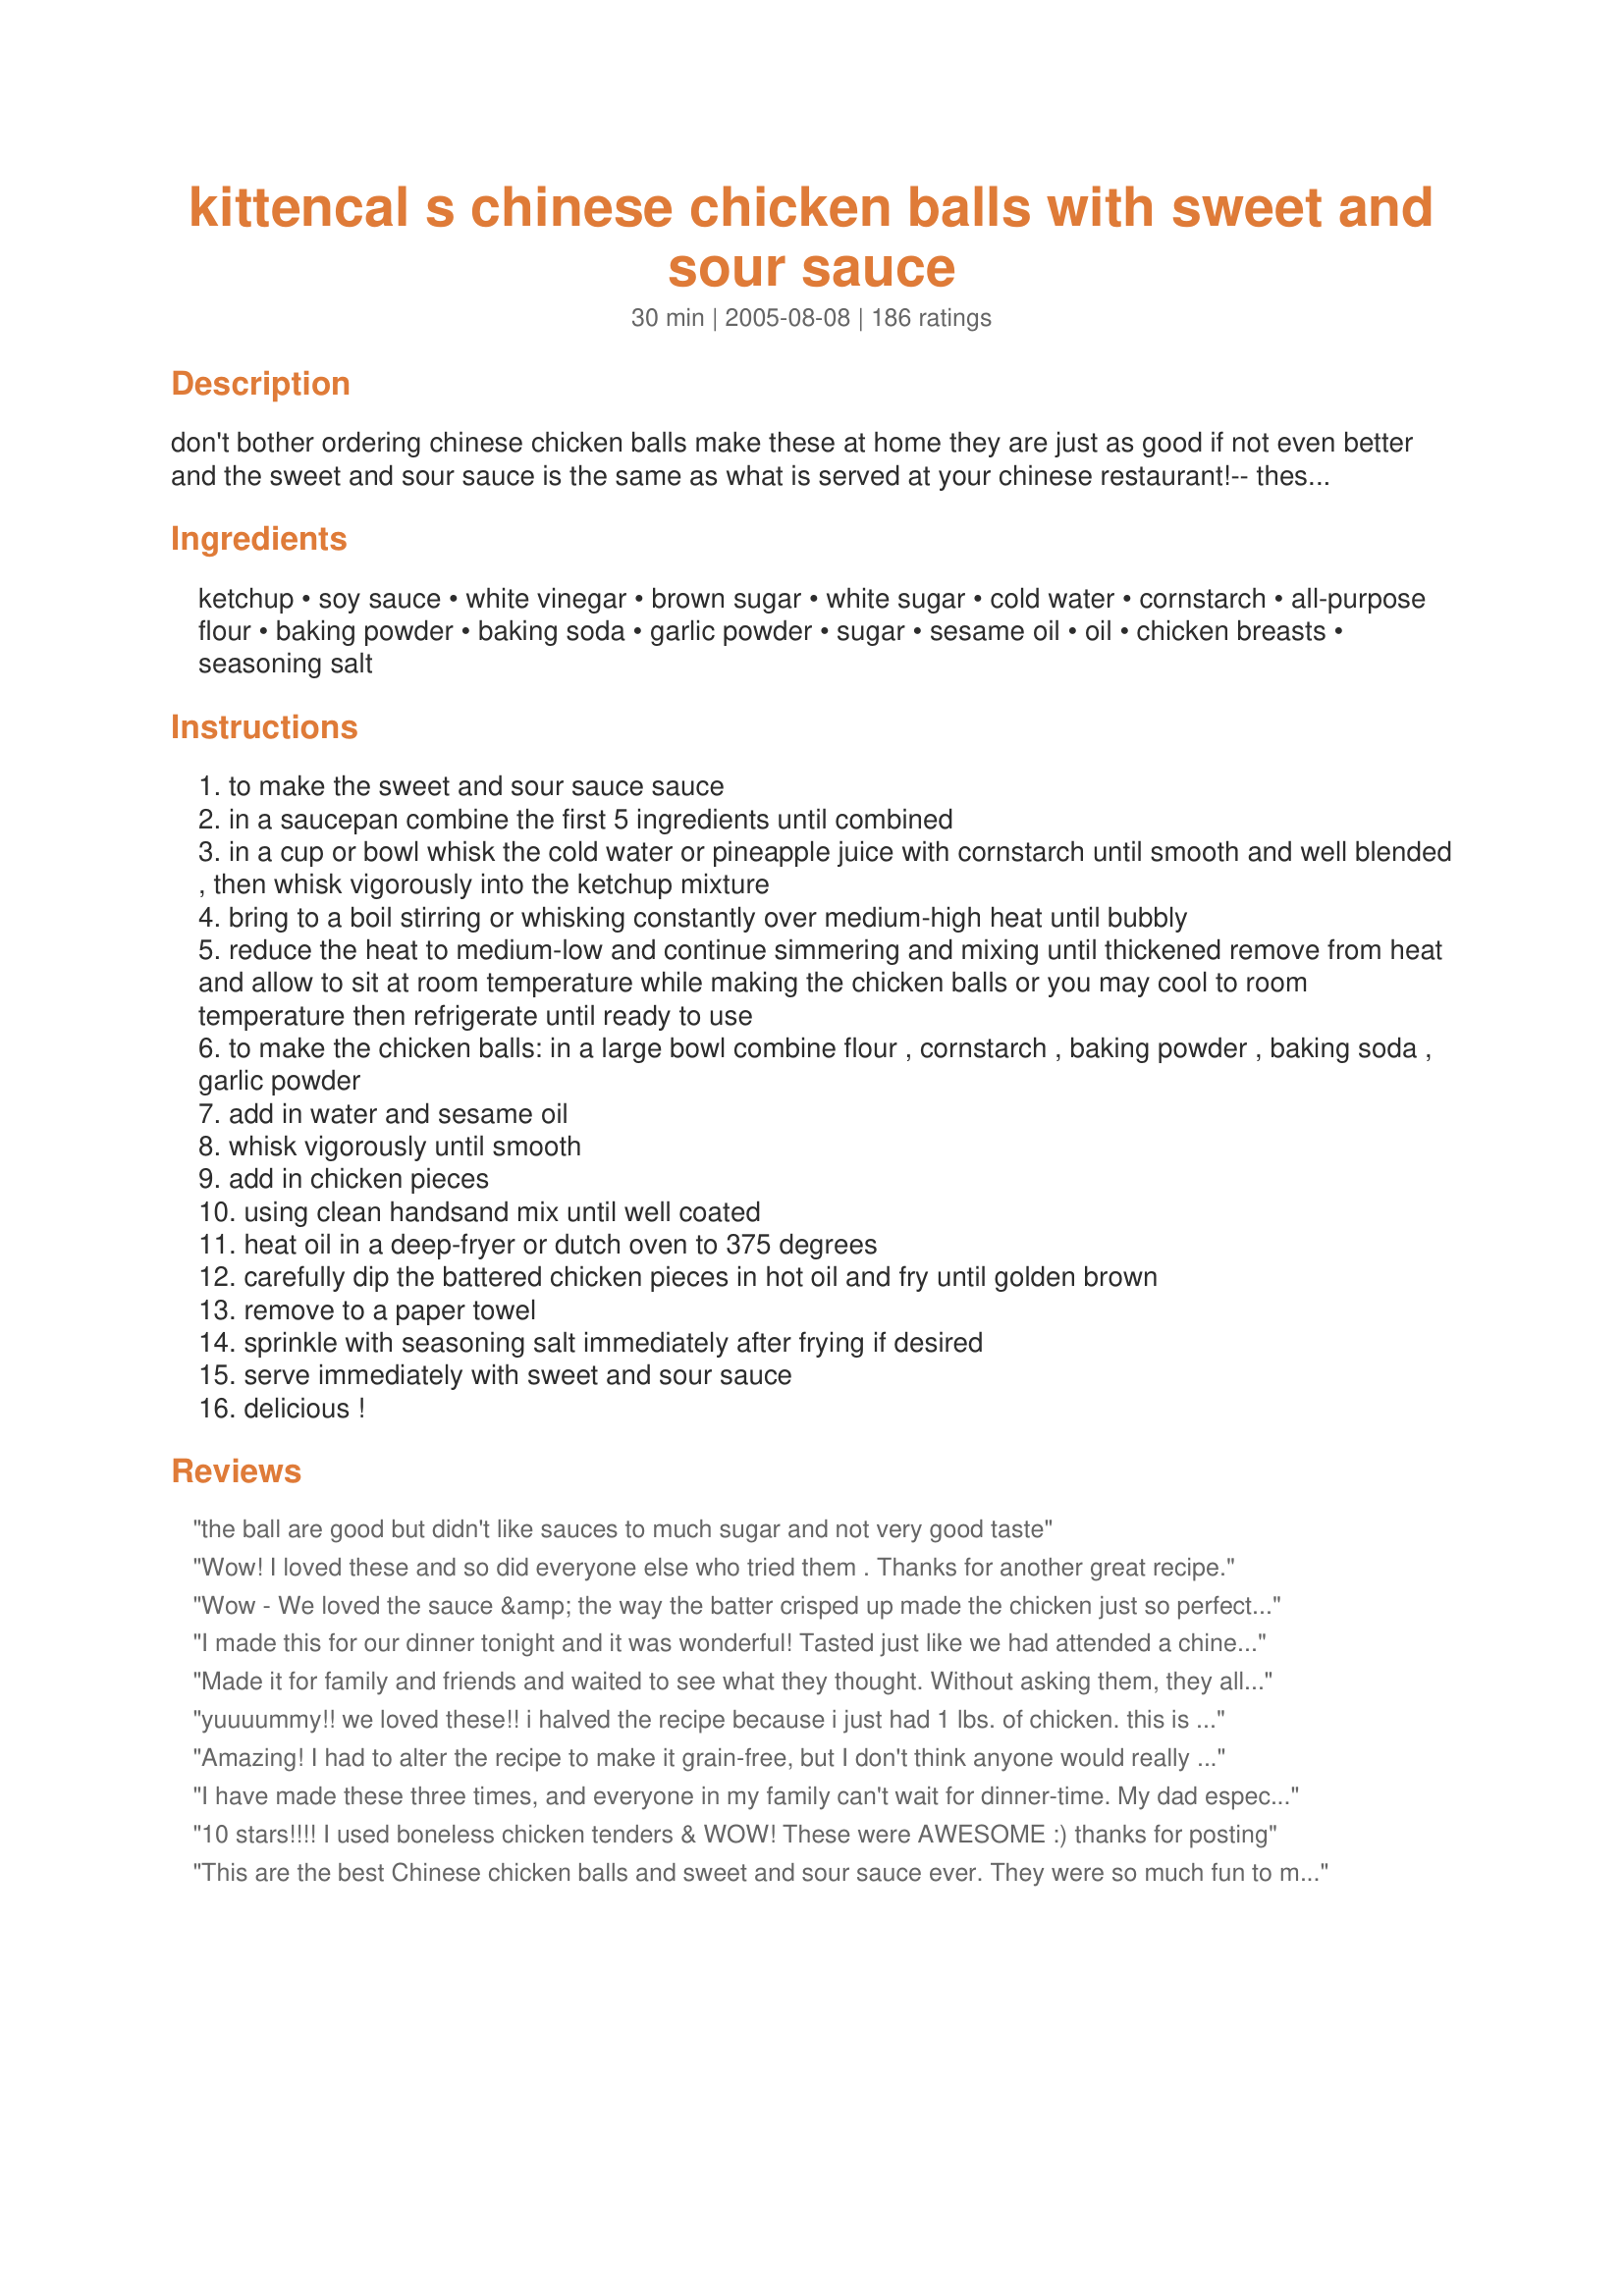
kittencal s chinese chicken balls with sweet and sour sauce
Preparation time: 30 minutes

don't bother ordering chinese chicken balls make these at home they are just as good if not even better and the sweet and sour sauce is the same as what is served at your chinese restaurant!-- these are a great weekend snack or can be served as appetizers, if you want some extra flavor to you chicken batter feel free to add in some garlic or onion powder or spices of choice --- this makes a large amount so you may want to reduce the chicken ball batter amount by half (using 4 chicken breasts) --- note: the sauce recipe is one you may have to make a few times before you get the consistancy and sweetness to your liking, 1 cup white sugar and 1/2 cup lightly packed brown will give you a sweet sauce you may reduce the white sugar amount by a few tablespoons

Ingredients:
ketchup, soy sauce, white vinegar, brown sugar, white sugar, cold water, cornstarch, all-purpose flour, baking powder, baking soda, garlic powder, sugar, sesame oil, oil, chicken breasts, seasoning salt

Steps:
to make the sweet and sour sauce sauce
in a saucepan combine the first 5 ingredients until combined
in a cup or bowl whisk the cold water or pineapple juice with cornstarch until smooth and well blended , then whisk vigorously into the ketchup mixture
bring to a boil stirring or whisking constantly over medium-high heat until bubbly
reduce the heat to medium-low and continue simmering and mixing until thickened remove from heat and allow to sit at room temperature while making the chicken balls or you may cool to room temperature then refrigerate until ready to use
to make the chicken balls: in a large bowl combine flour , cornstarch , baking powder , baking soda , garlic powder
add in water and sesame oil
whisk vigorously until smooth
add in chicken pieces
using clean handsand mix until well coated
heat oil in a deep-fryer or dutch oven to 375 degrees
carefully dip the battered chicken pieces in hot oil and fry until golden brown
remove to a paper towel
sprinkle with seasoning salt immediately after frying if desired
serve immediately with sweet and sour sauce
delicious !

Reviews:
the ball are good but didn't like sauces to much sugar and not very good taste
Wow! I loved these and so did everyone else who tried them . Thanks for another great recipe.
Wow - We loved the sauce &amp; the way the batter crisped up made the chicken just so perfectly delicious. I made 1/2 the batter recipe, but the full sauce recipe to have extra left over.
I made this for our dinner tonight and it was wonderful! Tasted just like we had attended a chinese buffet! I made some slight changes in measurement on the sauce I used 1/4 Cup vinegar, 1 cup sugar and 4 tbsp cornstarch (we like it thick) it came out PERFECT! Not too sweet, just the right thickness and not to tangy. And as far as the chicken...it was a super thick batter and it cooked up just like it does at the restaurant...I think next time I will try one of my many marinades to give it a lil taste twist. I will be making this many many more times thanks for posting!
Made it for family and friends and waited to see what they thought. Without asking them, they all agreed it was the best sweet and sour sauce - EVER! They didn't stop raving all night. A definite crowd pleaser! I'm glad the recipe makes ... A LOT!
yuuuummy!! we loved these!! i halved the recipe because i just had 1 lbs. of chicken. this is a real keeper. they fried up beautifully and are better than anything you can buy at a restaurant. i didn't make the sweet and sour sauce as we are not fans, but i served with Recipe#407771, Recipe#91231, and Recipe#62708 instead. i also served with egg rolls and fried rice. fantastic! thanks for another winner, kit!
Amazing! I had to alter the recipe to make it grain-free, but I don't think anyone would really be able to tell the difference. <br/><br/>In the sauce I used Ketchup w/out corn syrup, cider vinegar, and orange juice because I too like juice but can't have pineapple. Also used knox gelatin to thicken. YUM! <br/><br/>For the chicken dough, I used almond flour in place of the wheat flour, coconut flour in place of the starch, and added a tablespoon of ground flax meal to make it a tad bit healthier. Also used gluten-free baking powder. <br/><br/>Fried in vegetable oil (soybean) using an asparagus steamer that we got for our wedding. Worked amazingly!! <br/><br/>After going about 4 years without tasting the deliciousness that is American Chinese food, I can now say that I was almost in tears from this wonderful recipe. Thank you so much KittenCal!
I have made these three times, and everyone in my family can't wait for dinner-time. My dad especially loves them :) He eats them with cocktail sauce, because he doesn't like sweet and sour. The only thing is that I'm not very experienced with frying stuff, and so I have a hard time getting all the batches through. The hot oil likes to burn me :( But it's all worth it!!! AMAZING!!
10 stars!!!! I used boneless chicken tenders & WOW! These were AWESOME :) thanks for posting
This are the best Chinese chicken balls and sweet and sour sauce ever. They were so much fun to make (great for a Saturday night!) <br/><br/>While the chicken balls are quite time-consuming to make and they do create a lot of washing up, they are great for a special tea. However the real star of the show for me was the sweet and sour sauce. I have made this so many times and it is so quick and easy, I'll never buy sweet and sour sauce again. It is absolutely delicious over soft egg noodles as the noodles soak up the sauce and become even softer and slightly gooey. Heavenly!
Very good! I LOVE your recipies!!! I have requests from all my men to make this often! Thanks!!!
After seeing the mixed comments on the sauce I decided to forgo it and just used store-bought. The batter for the chicken balls seemed a little too liquidy and ended up dripping in the fried oil before I could actually put the balls themseleves in, so I ended up with a lot of little fried crunchy bits. The finished chicken ball was not as thick as I normally get them (I would also love to find out how they get theirs so round). However, the taste of the chicken balls themselves was outstanding and we ended up eating more than we should have!
I found the chicken balls to be bland without the sauce.
Another awesome recipe Kitten! I made this with my sister and brother in law and they thought it was fantastic, as did I. I had mine sauce on a vegan stir fry and skipped the chicken but they both raved about the batter. Thanks :)
whenever I would make sweet and sour chicken, I would often follow this recipe and I've made this more than twice already. It's just so good, that I err..told my mom (who cooks good and whom I'd ask recipes from) that yours was better when it comes to sweet and sour. It leans more on the sweet side which is to my taste but since I'm following my sugar intake, I would use substitute sugar which I often use last in the cooking. Sometimes I'd use 1c brown sugar and 2c sub sugar or 3c sub sugar. Both of them would still come out great with the brwn sugar being sweeter,of course. As for the chicken, It's crunchy and tasty that I find myself popping them in my mouth as soon as they're cool enough and while I'm still cooking the rest of them. Also, my picky DH would even eat the leftovers for the next meal and for me, that's something. Oh, we also eat this with rice, and DH who hardly eats rice, would also eat this with it. It's an excellent recipe! Thank you very much, Kittencal!
My mum made this recipe and I was transported back 40 years when I first had chinese cicken balls at our local restaurant. The sauce was easy and delightful - we used all pineapple juice and included some pineapple pieces, as well - we were all so full!
Any tips on the best way to reheat the leftover balls?
Jenny cat lover Australia
Wow! this is exactly like chinese takeout I was impressed with the recipe and will be making it many more times! the only thing I added was a few chunks of pineapple and green peppers to the sauce to dress it up a little but other than that perfecto! thanks
Following the recipe to the T i found the sauce to be a bit too sweet and thick so next time i shall try it the optional way....other than that it was great.
Might pre-cook the chicken just a little bit with a bit of seasoning to add a bit of flavour and crunch as well next time.
OMG!!!!!! I never have done a review on here and I just had to give this one my approval I absolutely loved this recipe and my family too I prepared it pretty late at night because we were out late at my son's football game and so I made it for the next day and had a full plate of chicken fried up and waiting to put in the Nuwave-wave and warm up the next day and when I got up the next morning half of the plate of chicken was gone because my 16 yr old son and 19 yr old daughter had gotten up in the middle of the night and gone downstairs and ate it cold out of the fridge because they said it was sooo good. And the next day my husband and I ate some along with your recipe for shrimp fried rice and then we could see why we almost didn't get any of it...lol this is now going to be our Friday night dinner.
Absolutely amazing!!! I followed the recipe exactly and we couldn't get enough of them. Even my 17 month old daughter liked this. I can't wait to make this again. Thanks for another great recipe Kittencal!
I wish I could give this more than 5 stars! I have made this several times already...I kept forgetting to review it! This is loved by my entire family! My picky 11 yr old daughter and picky 6 year old daughter love this. My husband who normally is not a sweet and sour sauce lover actually ate this with the sauce. I have made the sauce with water a couple of times..it was good, but the third time I made this I used pineapple juice...the sauce was much better! I would recommend using the juice and highly recommend adding this recipe to your cookbook! Thank you for sharing this one!
This recipe was fantastic, the batter and sauce can be made ahead. Takes no time at all. The sauce is the closest I think we've had to restaurant style, very impressive. Followed recipe exactly, did cold water instead of pineapple juice for the sauce just because we didn't have any on hand. The balls were just as good if not better then take-out! Made an account on this site just to give feedback!! Will never try any other chicken ball recipe!!!! Thank you so much :)
Amazing!!!!! I make this all the time. Better than take out!
I am writing this review for the chicken and batter portion of this recipe, as I didn&#039;t make a sauce. exactly like the batter used for sweet and sour at restaurants as promised.
I added the sesame oil and subbed sugar for Splenda. I do not know where my candy thermometer is, so I used a small drop of batter to test the oil. The chicken turned out very light, crisp and very moist. I had 2.5lb chicken and the boy used half of the batter. I plan on using some peeled deveined 25ct shrimp to use up the last of the batter.
A winner for sure!
Made the sauce for crab rangoon. Wow it is good and makes a ton! I have plenty in the fridge for the future and it tastes way better than the stuff you buy at the grocery store.
It was that good all my friends thought i got it from the chinese I had to make it in front of them
The 4 stars is for the sauce since I didn't have time to make the chicken balls. I felt that the sauce was going to be too sweet so I cut the white sugar down to 1/2 cup. Even then it was too sweet. Also, I used pineapple juice so that may have added to the sweetness. I will probably just use only brown sugar next time. Thanks for the recipe!
The best!!<br/>Usually drive 45 minutes both ways for sweet and sour chicken - won't be doing that any more- no reason to!<br/>These are just as good as the restaurant serves. Hubby cleaned them up - and he is very fussy, said over and over that they were the best he has ever had :)<br/><br/>Thanks so much for the recipe! It will be put to good use :)
This was just as good as the sweet and sour chicken i get at the local Chinese restaurant. Loved it.
First I must say this is the 1st review I've ever posted on this site and OMG!!! I will never have to buy sweet and sour chicken again. This is what I always order and I've been wondering how to make and chile you hit it on the head. Too good and my children loved it:)
Just like the chinese takeout restaurants, although around here, we call these chicken fingers. Next time, I will double the chicken but keep the batter the same because I had alot of batter left over (I have a big family). And also, the takeout restaurants like to skimp on the chicken, but now I can make my own. The breading was light and crispy.
This recipe was very good. I cut the batter recipe in half because I only had 1 cup of cornstarch and still had extra batter. Sauce was good also, next time I would add some chili flakes to it for a little sweet hot taste.
Phenomenal!!! I tripled this recipe for my bf and his family and it was a HIT! His grandma even took the recipe home with her. The chicken comes out so nice and crispy and the sauce is absolutely delicious. I get the feeling that I'll be making this quite often.
Absolutely delicious Kittencal!!! My family and I love your recipes. This is a winner,winner chicken dinner :) We had it for dinner tonight with chinese rice and everyone loved it!
Thanks again from Mississippi !!!!!
These are great! My husband even said he likes this better than what he'd get at a restaurant! I used a small can of pineapple for the juice, but had to add a little bit of water. We cut up the pineapple and tossed it on top of the chicken as we served it. Yum.
I am just looking at all of your recipes and have made this before. What a perfect recipe- I am printing and filing right now! Thanks!
This was really the best sweet and sour chicken I have ever had! The sauce was really good, and i really liked that it didnt turn into rubber after being in the fridge like take-out sauce does. The chicken was alot easier than I thought to put together, loved it! Thanks for posting!
This was just as good as take out if not better! We used boneless skinless chicken thighs because it&#039;s cheaper and we added pineapple chunks into the sauce. So good!
Oh yeah baby ...... these are good! And, oh so easy! Aside from scaling in half, I followed the directions. Since I was missing too many ingredients, I used Suzy Wonton's Sweet & Sour Sauce (#76003) on top. Another winner Carol - thank you!
OMG, this will be the ONLY Sweet and Sour Chicken recipe I will ever use in my KITCHEN AGAIN! Not to mention the BEST SWEET n SOUR Sauce too. I have searched and tried many recipes and they have never came close to PERFECTING it like your Recipe. The chicken batter is so SCRUMPTOUS fluffy and Crispy. Your sweet and sour sauce was sssssoooo DELICIOUS. So worth the ingredients. However, I coarsely chopped the onions and bell pepper, instead of finely chopping. My side dish was fried rice of my own style, fried some white rice with a drizzle of seasame oil, butter, green onions and soy sauce. Oh, this RECIPE will be a KEEPER in my KITCHEN. I thank you for sharing this recipe...A+++
I&#039;ve used this recipe so many times now. I love it. And so does everyone else who gets to try them. Very good.
I added beer to the batter instead of water. Was amazing!!
The batter on these was FABULOUS. It was SO THICK and puffed up really nicely!
I used the batter on pork strips and didn't make the sauce recipe, but I hope to next time. Short on ingredients!
I have used many recipes for chicken balls and I'm NEVER happy with the batter. Kittencal, you're my hero! :D These were so perfect, even though I didn't use chicken. Thank you!
Love it! Makes a ton, though, so I only do 1/2 batches. Also makes good onion rings and english chips!
My daughter had been asking for home made sweet and sour chicken for ages so after searching for a new recipe to try I gave this one a go. It was simple to make, the only thing I did differently was use a different vinegar as I only had malt in the cupboard, and at the end I added some pineapple chunks to the sauce. All the children loved it and one even joked about getting menus printed as it was better than the takeaway. Thanks for a family friendly recipe which will be a regulas in my house.
I'm giving you 5 stars because the chicken is really very good. The sauce is pretty good, but not really worth the extra effort. LOVE the chicken tho. Thanx!!
Best ever. It beats anything in a restaurant. I live in Florida but come from New England. This is just like Boston chinese food.
Well Kitten.. you've done it again! Another fabulous recipe! No more take out for me! Thx for the recipe! :)
I had take out Chinese food a few weeks ago and ordered sweet and sour chicken balls. They were quite good, but I got a craving for more and thought, I bet I can make these at home. I have tried your recipe twice and with my own minor tweaks and they were delicious. Moist chicken in the middle of a very tasty golden puffy crust. Thank you, good recipe.
WOW!! Who knew that i could make this and taste exactly like it tastes from the chinese store. Very easy to put together- since it's only 2 of us i halved the recipe- but ended up having to put a lil xtra flour and cornstarch in teh batter to make it thicker. The chicken came out nicely browned, fluffy and oh so yummy!! Thanks for a great recipe (I didn't use the sauce, but found another one on this site)- the taste was on point, and this is a keeper!!
Wow - these are delicious. The batter was perfect (my husbands words by the way!!!) Really easy too. Thank you!!!!!
My family loved this! Thank you so much for posting!
Love the chicken balls. Will be making them again. Not my favorite sweet and sour sauce though.
I have made this twice &amp; loved it but I do like it better without the Sesame oil. I halved it the second time I made it because it is a huge batch.
i used the sweet and our sauce recipe and it was AMAZING!!! The whole family loved it!
This was wonderful! My husband is obsessed with eating from a local chinese restaurant and even liked this better than getting takeout and that is high praise from him! The chicken stuck to the basket while I was deep frying it so I followed another reviewers suggestion and dipped it in flour before putting it in the deep fryer and that worked pretty well!
Brilliant!! the sauce is lovely, and the chicken balls were gobbled up before you could say "spare me some"!
I served this tonight and my very picky daughters and hubby loved it! Ok, well so did I. It's a little messy, but it's not bad. Suggest using chicken tenders, (pre-cut, but raw) as it cuts down on prep time and costs a little more, usually. Then cut up the tenders...half the prep time with the cutting. The sauce is the best we've ever had and will always use it with oriental meals from now on. I made the entire batch..3 young girls, myself and hubby...ate the entire batch for dinner!
These were great! I don't have a deep fryer so I just used my skillet. Some of the batter came off but that was probably the skillets fault. Served with Fireman's Frenzy Sweet and Sour Sauce.
I have to be honest and say I was very excited for this recipe (chicken ball portion, did not make sauce), only to be very disappointed. These had no flavor, and no fluff to the inside at all. It isnâ€™t very good, or very close to the east coast chicken finger consistency.

EDIT: I did find a package of batter at Stop & Shop - Krisppe All Purpose New England Batter. Makes Chinese Chicken fingers and it tastes great, but no fluff inside.
I added a little more water to the batter for a lighter coating and also added pinapple chunks to the sweet and sour sauce. My family loved it! My husband says it rivals the one our favourite restaurant serves. He asked me to add some chunks of sauteed red and green peppers and white onions to the chicken prior to pouring on the sauce. This is definitely a new family favourite.
You've done it again! These are amazing! We loved the sauce so much that it's become a staple at most meals at our house. The batter was perfect on the chicken and it could not have been easier to make. Thank you again for the amazing recipe. It will be a family favorite for a long time!
WOW!! I have to admit, I haven't even made the sweet and sour sauce yet (was missing one ingredient!!) but the chicken balls were SOOOO great, we ate them all up with another sweet & sour dipping sauce. LOVED the batter!!! After 3.5 lbs of chicken was done, there was still batter left so I cut up a large onion and battered and fried that up too. It was DELICIOUS! Writing the recipe in my personal recipe book for future reference, no doubt I will use it weekly. Thanks!
I made the batter tonight to make chicken balls and shrimp for my daughter's birthday next weekend. I am going to pop them in the freezer till then and then back into the fryer for a couple seconds to crisp them up. Of course we had to sample a few and man are they good. Nice and crispy and tastes just like the local chinese restaurant. Thanks for making my first attempt at chinese chicken balls and shrimp a breeze. I never changed a thing with the batter and it was perfect. I made the sauce and didnt like it at all, in fact I didnt serve it. I followed the direction to a T and found the pineapple gave it a funny taste. Everyone loved the chicken and shrimp I made with the batter. I will make these again without the sauce.
This was good! Pretty close to the Chinese restaurant style sweet and sour chicken. I thought the sauce needed a bit more sugar (I didn't add the full 1 cup of white sugar) Next time I make it I will add more. Other than that we liked it, it goes well with Chinese stir-fry on the side. Thanks for posting this.
Not bad, but was lacking a certain crunch. It inspired me, though, and I amended the recipe with the addition of corn flour to the mix and came up with amazing results. Thanks for putting me on the track, Kit!
This was wonderful. We loved the sauce. I will use it on sweet and sour meatballs for now on. I thought it was going to be to much sugar but used the 3 cups anyway and it was perfect. The only thing I did change was the amount of onion and green pepper. I halved those and I am glad I did. It ended up being perfect.
I did not do the sauce. I batter fried up crunchy on the chicken and on the shrimp I made and to my surprise did not go soggy in the 2 hours it waited to be served. Be warned this is Messy! But well worth it.
Kittencal, Another winner!
I can only speak for the sauce, but this was delicious thanks! After grilling some chicken breasts cut into 1" cubes, I added half a yellow onion, a couple green onions, half a red bell pepper (just using up some veggies I had), a dash of ginger, and a few shakes of garlic mix. After letting cook a bit, I poured the sauce over, brought to a boil, and simmered, stirring constantly. Served over rice, the end result was a sweet and sour chicken dish comparable to any American-Chinese restaurant! Delicious! Thanks!
The sweet and sour sauce was wonderful, we did add chunks of green bell pepper and slivered onions, as we like them in the sauce. The batter is what I have been looking for for deep frying, tried a lot of others, but it was never right.THIS IS PERFECT. Absoulty love this recipe, Thanks very much
BRAVO! This was fabulous! Whole family was impressed. I wasn't sure of the sauce when I tasted it by itself at first, but then when it sat and cooled and then was mixed with the meat, it was delicious. The batter was the best I've ever tried for frying. I had some left over so followed another reviewer's steps and threw in some sliced onion and made the best onion rings ever. I followed the recipe exactly, except used pork instead of chicken. This will be a definite regular meal for us, thank you Kittencal!
Thanks for sharing this recipe, it's a keeper!
Loved this!! Was just like eating at a Chinese Restaurant and DH raved over the Sweet and Sour Sauce.
I think I can cut and paste this review from any of kitten's other recipes. "This is the best ____ I've ever had!" Seriously though, the chicken and the sauce were both awesome, restaurant quality. Took some time but very worth it. Thanks for yet another keeper kitten!
My dh and my father who are very picky eaters loved the chicken balls. I didn't make the sweet and sour sauce as no one in the family will eat it. But, the chicken balls were fantastic! This is a keeper! My dad told my mom to get the recipe from me so that she could cook these for him at home!
Wow, this was awesome. Coating was light and crispy, just like at the restaurant, and the sauce was delicious. I just used strips of chicken since I used about 1 in of oil in a dutch oven, figuring it would be easier to flip over. Cooked til they were a dark golden brown. Next time will make some white rice to put over. Used 1 lb chicken, half the sauce and 1/4 the coating, which worked out well. Fed my family of 5 for dinner with some sides.
This is an incredibly delicious recipe. Not having made this kind of thing before, though, I feel I could have used more detail in the prep. I chopped the chicken in small pieces (approx 1/2"); what I felt would be small enough to cook through, but large enough to not take all night cooking. I used 4 very large chicken breasts, and with half the batter this recipe made way more than enough for our family of 5 (not counting baby, who wasn't very hungry). I had batter left over, and not wanting to waste, I quick sliced an onion and made the most delicious onion rings I've ever had (a light sprinkling of salt after cooking was essential). I would guess 5 large or 6-7 regular chicken breasts would use up half the batter of this recipe. I should have also cut the sauce in half, but at first it didn't sound like it made much, but again, I had more than half over, but that should keep ok in the fridge for a little while. As for oil, I used about 3" in my dutch oven, and I feel I could have done it with only 2"...Also, I'm not sure that I was doing it the best way by dunking the pieces one at a time. I used my left hand for dunking into the batter and placing into the oil; the other hand held the strainer as I pulled them out. Well, everyone loved this, even though it took me 1 1/2 hrs to make the thing from start to finish. Hope to streamline that in the future.
DH rates 5 out of 5! He has been craving sweet & sour chicken for weeks and I found your recipe here and decided to give it a try. Making it together was a treat! We halved the recipe and still had twice as much sauce as we needed for 4 breasts. Yum, will definitely do again! Infinitely better than the restaurant version!
OMG...Kittencal...I made this recipe tonight exactly as you have written...The chicken balls are WAY better than any I have ever had..The batter is light and crispy...and the sauce is delicious!!!! The sesame oil really makes the batter...I used the juice out of a can of pineapple chunks and it was just enough with pineapple to snack on while I was cooking..LOL Thanks for the recipe!! Will so make this again....
This batter is incredible! When I made this for my family - they said it tastes, &#039;Just like take-out! So good!!&#039; Thank you so very much for sharing - I will make this often! :)
I love these and make them often...no more takeout. Thanks for your recipes...they are always top quality and become family favorites!
What can I say... If it's a 'Kittencal', it's a great recipe! We've tried quite a few, and now if we're looking for something specific -- we go straight to Kittencal. We haven't tried the batter (used ready mix pancake batter. Sorry Kittencal, next time!) but the sauce was PERFECTION! <br/>Thanks for yet another great one!
This was really great! The sauce was amazing and the chicken was perfect...my kids absolutely loved the dipping! The only reason I am giving it 4 stars is because it was alot more time consuming than I thought it would be...after some practice I am sure things will go a lot smoother.
Ok, these were absolutely fabulous tasting. I did have to half the recipe, because there's just the 3 of us. Didn't have a problem at all. The only other thing I had to do, was leave out the green peppers in the sauce, as my daughter doesn't like them.
My family loved the entire package. The batter was perfect for the chicken. Not too heavy. We liked the sauce, but I would have preferred something a little less 'lumpy'. The diced tomatoes, onions and gr peppers were a little too 'lump'?. Otherwise and excellent recipe. The sauce flavor was great.
No need for chineese take-out, turned out great, Thanks
I made this recipe with spiced ground chicken meatballs which I browned, dipped in the tempura batter and fried to golden. Both ways the recipe is great. (I used less sugar and more vinegar to make it less sweet.)
Just by reading the recipe, I knew that the sauce will be very sweet but I still gave it the benefit of the doubt and followed it. I should have trusted my gut, I am sorry but this is certainly not Chinese or Asian at all. If you are looking for a Westernized version of Chinese sweet &amp; sour sauce, then perhaps you may like it, but if you are Chinese or Asian, this is certainly not for you. I grew up eating Chinese food, not here in the US, but in a real authentic Chinese community from my Asian birth country. This is why I know. I still gave two stars for the batter, though, which was good.
Very good.We dont like to fry so I made the sauce and poured over chicken pieces and baked at 425 for 40 minutes
Kitten this was an amazing recipe. 100x better than any chinese takeout. The sauce was amazing. The batter puffed up just perfectly. Thank you so much!
This was fabulous! Time consuming but worth it. As written this does make allot but I wouldn't scale it down because then I would miss out on all those awesome leftovers. Many thanks for another great recipe.
This review is really just for the chicken balls, because we used bottled sauce. The batter was great. It made a really nice crispy coating on the chicken. We dipped them in a number of different sauces and plan on trying this recipe again.
dear god! this was devine!
Fast food brought to perfection!

I gotta tell ya, this is the best recipe ever. At first i thought the original recipe had used ground chicken meat, due to its consistency that sort of melts in your mouth - Well, forget it,
Kittencals sacred manuver actually makes solid chicken breast chunks to act as ground chicken, and it really melts in your mouth. best chicken consistency i ever had.

thanks chicken.

btw, I let the chicken batter sit for a bit, then let it sit again with the chicken parts. it really seem like they inhale that batter, causing them to melt in yo mouth.

 :_)
I'm crying from satisfaction here.
You've done it again! This is the best batter I've had either in a store or at home! Of course I halved the recipe because it's just me and my husband; but we'll definitely be adding this one to our recipe collection!! This is why I keep coming back to Kittencal's recipes! Super yummy!
I did not make the sauce, so I can only rate the chicken balls. And those were delicious!! Best batter and chicken I have ever made, tasted just like the chinese restaurant! I made the "Lucky Sweet and Sour Sauce" with sliced onion and pineapple to go with it, and my favorite "Fried Rice" by Robbie Rice. It was an at home Chinese restaurant meal and knowing what it's in it makes it all the better. Thanks for another great recipe Kittencal!
YUM!!! And so easy. I will be making this forever :)
Our family loves this and makes it often! Thanks kittencal.
OOmgosh! This was delicious!! I used lemon pepper flavored chicken and that added sooo much flavor! I had a lot of extra batter so I cut up an onion and made onion rings; MMM! The sauce didnt thicken up like i woulda liked but it was still sooo good!
I had run out of breadcrumbs to make my ginger beef dish and my first thought was, "Hey!!!, use Kittencalskitchen Chicken Ball recipe for a batter!!!!"<br/><br/>Voia!!! Perfect!! It actually gave it a lighter taste as opposed to a heavy in your tummy feeling.<br/><br/>Thank you<br/>:-D
This chicken was really good! I didn't have time to make the sauce but the batter made the chicken so delicious - light and crispy. After dipping in the batter, I dredged the chicken in dry flour plus some salt. It turned out perfect, and I am not an experienced cook.
I'm sorry to say but I didnt think this recipe was easy at all...very messy. Tasted ok, just took a lot to get there!
This is a great recipe--well, great two recipes! I've used the batter for onion rings and shrimp and the sauce is amazing (used pineapple juice). I made the full recipe and cut the white sugar to 1/2 c and it was perfect to my tastes--if the amount of sugar is an issue start with less and keep track of your own preference as you adjust/add more to suit your tastes. <br/><br/>I know the takeout sauce is clearer but the flavor is right so I usually double it up and freeze some for when I make egg rolls and fried rice. Going to use the batter for Sweet and Sour Pork also. My friends mom used to make it and with her dish in mind I will add sliced blanched carrots, chopped green bell pepper, chopped sweet onion and pineapple tidbits to the sauce and it will be like her dish:) <br/><br/>I season the chicken before battering it w/ Paula Deen's House Seasoning (salt, pepper and garlic powder).
Oh my goodness Kitten, these were fabulous!!!! We got the great take-out Chinese flavor with just a little effort and for a lot less money! I LOVE the batter...it was perfect!! I used recipe #76003-The Best Sweet and Sour Sauce to serve with these and it was a fantastic meal! Thanks so much for the super yummy recipe Kitten! :)
I had to add more water than the recipe called for to make the batter manageable, and it took almost twice as long to make as the recipe says, but that could be because it was my first time. This was absolutely delicious and worth the extra work.<br/><br/>I Cooked three pounds of chicken breasts and there was still batter left, so I mused aloud that I should have halved it. "NOOOO!" yell the kids, as I chase them out of the kitchen with my chopsticks...<br/><br/>P.S., A can of pineapple had just about the right amount of juice for the sauce; the pineapple went into the sauce with a sliced green pepper.
I found the sauce to be rather awful..I was doing a quick batch of bought chicken balls that did not include sauce so I ran to the computer and fell upon this recipe and was happy I had all ingredients in house..found it gritty and way to sweet
ok, this sauce was AWESOME!!! i ran out of store-bought s&s sauce for my meatballs so i used this recipe and made my own for the first time and Kittencal hasn't let me down yet! the only change i made was halving it. it was delicious!
Kitten...this was very, very good!!
I halved the batter because I had less chicken, made all of the sauce and freezed what was left from it (I'm sure it will be fine) The only change I made was to the sauce, I used fresh ginger and used 1/2 cup less sugar, adjusted it with about 1 tablespoon at the end of the cooking. When I make this again I will also add some chopped chillies to the sauce because we like the hot kick. This time it was perfect because it was made for guests who would not like hot/spicy. Added this recipe to my favorite Zaar recipes ...it will be made again!
Thank you!!
EXCELLENT recipe. i am a very picky eater, but i must say these chicken balls taste even better than restaurant ones!! one small suggestion though: substitute white vinegar for balsamic vinegar =)

*** I liked this recipe soo much i actually got an account here just to congratulate the chef 3 thumbs up!!
This was a very tasty recipe, my kids loved it. But what child doesn't like chicken nuggets?
Like others I make the 1/2 batch (for two it lasts us a couple days). I like to add red pepper to the sauce. It adds a bit of zest with that sweetness. Make sure you season the chicken balls! I think thats a must. This is so much cheaper and much better then Chinese take out! <br/>Thanks for sharing!
I don't know how I could have forgotten to review this. A couple weeks ago I set up a romantic candle lit dinner for my BF and I and did a spread of appetizers. This, by far, was the star. The sauce was PERFECT and the batter was so thick. I love the addition of seasoning salt at the end. SO GOOD! Anyways, I just whipped up another batch of the batter to try on shrimp. Can't wait for dinner.
This was awsome to say the least. This is one of my fvaorite to order out. These were just as good if not better. Thank you
Great meal. DH said it was nice and light and not heavy. I loved the sauce especially. I made half a recipe and would quarter the batter as I had to throw lots away. I did one chicken breast and two pork loin slices. Great! Served with Recipe #178184.
Made exactly as written - excellent!!
Very yummy. My son had three plates of the chicken. Served it with fried rice and peas.
These were fantastic! I hate ketchup, so I was scared of the sauce lol, but it turned out terrific. No ketchup-y taste at all. And the batter was perfect! Very light and fluffy. Can't say enough good stuff about this meal. Thanx for the good eats =).
The chicken ball batter is absolutely marvelous! And looks very nice with its golden shade and texture.
Only thing is the sauce which tastes a bit powdery, but a little more water helps (though not solves it). Thats the reason for the 4 stars, but all-in-all a delicious dish with rice.
I kindof messed these up and they were still wonderful! I used shredded chicken left over from making broth. I was making half a recipe but accidentally added the whole amount of water into the batter. I was out of flour, so I used corn meal to thicken and they still turned out great! I have never eaten chicken balls before, but my son always gets them, and he loved these. I can't wait to try them without my changes!
I made these and found the chicken balls to be quite tasty, but I don't really like to fry (for health reasons and for the mess it makes). I also thought the sauce was quite good, but there was just too much sugar in it (I was afraid to cut down on the amount and then not have it come out right. I wish there was a healthier artificial sweetener that I could have subbed, such as xylitol or stevia, but I wouldn't know what amounts to use). My DH liked the sauce and the chicken balls, but he is not concerned with what's in it or how it's made. I think that overall, for someone who is not watching their calorie intake or concerned about fried food, this would be a great dish, but it isn't really what I would want to make again. Thanks for the recipe. It was an interesting cooking adventure!
Aewsome recipe!
Excellent! Made it exactly as instructed and it was great. My family loved it. Definately a keeper.
This was delicious!! The chicken was just like we get at our favorite Chinese Restaurant. The Sauce was a little sweet for my taste, but otherwise it was an amazing dinner! Thanks so much Kittencal!!!
I just made these and OMG OMG! I haven't even finished eating yet, and I HAD to come on here and say thank you for an amazing recipe! It is soooooo good! My friend tried some out too and she says it tastes better than the restaurants, lol! I actually used chicken thighs and legs - just cut the chicken off the bones because I never had breasts. The sauce is PERFECT! I can't wait to make these for my next family gathering because they think i can't cook to save my life. Who knew I'd be able to make chinese food! Thanks again, KittenCal. Can't wait to try more of your recipes!
Wow!! The sauce alone is soo delicious. DH said put this recipe into heavy rotation. Recipe great as is I only changed the diced tomatoes to diced fresh ones that had been salted and left for a couple minutes because I didn't have canned ones at the time. the chicken was juicy and turned out exactly like carryout. DH also said no more nuggets without this batter .Thanks Kittencal for another great one!
Another great recipe Kit. I make this one lots and never get tired of it. Like some of the others have said it is great with shrimp and fish and I have to try it on onion rings as well.
Kittencal's recipes always seem to be 5 star recipes. I used fresh ginger and did coat the chicken with panko after dipping in the batter. My BF loved these chicken balls. I added this recipe to my cookbook!
This is a great recipe. I made it for Father&#039;s Day at my boyfriend&#039;s request. He wanted me to grind the chicken. I wanted to make it as written. I compromised and ground half the chicken the way he wanted it and left the other half diced. It was so good!!! This recipe makes a ton. The next day we actually ate the balls cold without sauce right out of the fridge as a snack. They were just that good lol. Thanks for sharing this awesome recipe!
Loved this. I only used 1 large chicken breast cut into pieces and it made enough for 2 people 2 days. Served with white rice as well. It was delicious. Thank you for posting!
Yum!<br/>I did a few things different: used tapioca starch as my boyfriend is allergic to corn (which of course gave the fabulous texture of mucus, but what can you do? I haven't found out yet!) and left out soy sauce because we didn't have any.<br/>Really good, though! Mostly impressed with the chicken. Perfect breading. The little bits of fried breading tasted like rice cakes! Thank you for sharing!
the chicken batter is wonderful.5 stars isn;t enought.10 would be more like it.
The chicken was really good.everyone loved them in my family it is a bit messy to make but worth.Made five dozens and next time i will add some spices to the batter.Thanks for another great recipe Kittencal!!!
Wow, these were so popular on my Super bowl buffet table. My family and guests loved these. They were easy to prepare and the batter was perfect. DD made the sweet and sour sauce and it was so easy for her and tasted great with the chicken. I plan on making these for so many things, including to dinner one night. We loved them, thank you so much Kittencal for they hit in my house.
Great recipe! The batter is nice & light and the sauce is awesome. I used 1 1/2 cups of Splenda instead of 3 cups of sugar. Will be making this again!
very good sweet and sour. i added some hot peppers to the sauce. it was the best sauce that i have tried. the batter was great. the next time i will cut the chicken into smaller pieses.
I've been looking for a chicken balls recipe for a very long time and this was my first attempt at making them...they came out amazing! Some of us like our meals with some spice so I divided the s/s sauce in half and kept one half as per the recipe and in the other I added chopped green chillies and let it simmer so the flavours would come out. The combination of sweet and spicy tasted great with the chicken and on top of fried rice!

Thanks for a great recipe!
Kittencal this was excellent!!!
This was a wonderful meal!My three picky boys loved the chicken.The chicken was even good the next day for lunch!This is one of my favs now!!YUM
These were great. I used GF flour and they turned out perfectly. We loved the sauce. Nice to have a recipe for sweet and sour sauce that does not include Ketchup. Thanks
This one is just for the chicken balls also. Great batter! perfect!... but I used less cornstarch (only 1/2 C instead of one cup). Use vegetable oil for deep frying!! (I used canola, bad aftertaste). For the sauce... I would highly recommend True Lemon Chicken #51884 for the sauce. Tastes just like takeout but without the MSG! I will make this one again!
OMG! These were so moist and yummy chicken balls ever... I made these the other night, and let me tell you! You will never go anywhere else for your chicken balls. I pre-cooked the chicken just for a couple minutes, then cooled before using the batter. They were sooooooo goooooood! Thanks a bunch for all your great recipes, KittenCal!<br/><br/>LOVE ALL YOUR AMAZING RECIPES!
This recipe was great! I only used the chicken portion of the recipe, not the sauce.
Wondefull recipe! The chicken balls were golden, and crispy...better than the ones from the chinese takeaway, and half the price! The recipe makes loads too which is fantastic!
This is awesome and exactly the recipe I have been trying to find for years!! Everyone in my family loves it and it is so much cheaper than going out for $15 a person!! Thank you so much for sharing!!
These were great! My husband always complains about sweet and sour chicken and this kept his mouth too full to talk. This recipe makes a lot. It was nice to have left-overs, though. The sauce was great, too. I prefer it to store-bought sweet and sour sauce. Thanks for sharing!
Delicious as always! I've yet to meet a Kittencal recipe that hasn't been the BEST! Followed it exactly and everything turned out perfectly. I especially loved the batter. So airy and crispy. Thanks again!!!
This was so amazing! I am an American living over seas and was craving some Chinese food. This was better then the real thing. Thank you!
Tried this recipe tonight and my family was very pleased with the flavor and texture of the chicken. Even my 3yo son ate the chicken balls right up (although with ketchup)! Made this with a simple fried rice recipe listed on Zaar and bottled LaChoy S&S Sauce. Very tasty, makes a huge amount, I'm freezing leftovers and hopefully they will reheat nicely in the oven. Thanks Kittencal!
I got half way through this recipe before realizing it used a wet batter. The picture makes it look like a crunchy batter but it comes out more like funnel cake. Fortunately after dunking them in the wet batter you could dredge them in Japanese bread crumbs and come out with some PERFECT restaurant quality tempura. If I made the sauce again I would cut out the green pepper as the flavor was loud and distracting but my family thought this dish was far too greasy.
My husband is a big fan of chinese sweet and sour chicken. Now we never buy it at a chinese restaurant. This recipe is so good, that we have it at least 3 or four times a month! He loves it and I would recommend it over any recipe on here
Holy buckets did my DH love this chicken! I cooked mine in peanut oil. I can't say much about the sauce because I lowered the servings to two and the recipe may have flawed because of that. Great inspiration and I can't wait to make it again.
This was excellent! Taste just like from a chinese restraunt, I used pork instead of chicken this time and it turned out wonderful! No need for me to buy take out anymore unless because I just don't want to cook.
This is amazing! We will NEVER go to a Chinese restaurant again! Why pay for something I can make better?
In hubby's words absolutely a 5. Tastes just like our favorite Chinese take-out place makes, though their batter is thicker (perhaps they double dip them). I halved the recipe as it was just for hubby, myself and two toddlers. Easy to prepare and make, though the batter was a little messy from bowl to fryer (but very worth the mess). Kid-approved: My three year old ate more of these than me! Recipe seems to halve well...Recently used the batter to do breaded mushrooms and onion rings. Superb!
Delicious! My family loved this sweet and sour chicken. I cut the recipe in 1/2. The chicken was super crispy!!!
This was just as good as an Asian restaurant--a big hit with the family! It is a tad time-consuming but the process was fun & the end result was quite satisfying. To decrease prep time, I mixed up the dry batter ingredients in a bag, chopped up the chicken, and made (& refrigerated) the sauce the night before. This does make a lot! I used 4 whole chicken breasts cut in bite-sized pieces, about 20 large (precooked/thawed, frozen) shrimp, & about 10 lg onion rings. I bet the batter would be good for fish fillets & hush puppies too! Served it with white rice & "Kellys creamy cheddar pea salad" #125195. Since there are only 3 of us here, I froze portion-sizes in ziplock bags. They re-crisped up very well in a 360F oven after about 15 mins. Thanks for another fab recipe Kittencal!
Kitten, I have to say that this is one of the best sweet and sour recipes I have ever tried! (I know it isn't actually a sweet and sour chicken recipe but you sure could make it that way, over rice) I have not had much success in the past finding a good sweet and sour chicken recipe since it is my husbands absolute favorite Chinese dish. But I have to say that yours was right on the money!! Loved it, is all I can say. And oh so easy. I made no changes to the recipe (which is very unusual for me), it was perfect as written. This will be kept as a favorite and I can tell it will be used quite frequently! Thanks so much Kitten for the fabulous recipe. Hugs, Susie
We loved this recipe and DH is not even a fan of Chinese food. This is the best Sweet and Sour Sauce --and it is just like what you get at a restaurant. I'll never even look for another recipe. The chicken was also as good or better than what you get at a Chinese restaurant. Thanks Kittencal for a great recipe!
Fantastic,
I followed the recipe and they came out perfect. I had been trying forever for that perfect sweet and sour sauce and this is it.
yum!! the best sweet'n'sour recipe yet! THANKS!
Superb! Better than the take away, only made a half batch enough for 4. Thanks for a great recipe.
I just made the sauce to go with egg rolls and it was good. Better than from the jar.
I really loved the chicken. They were tender and juicy and turned out perfect. I personally really liked the sauce. The brown sugar made it really yummy, but my husband found it too sweet. He also thought it needed a little bit more spice. I, however, loved it and would make it for myself again!
Excellent!! Made this recipe exactly as written for my daughter and her friends and they said it was delicious. I am a big fan of Kittencal recipes. Thanks.
My kids are the pickiest eaters on the face of this earth whenever i ordered Chinese sweet & sour chicken i would have to order 4 large boxes while they don't like the sauce i do my kids use ketchup as if it were just a fancy chicken nugget but it would normally cost me about $70 to feed my 7 kids and 1 stepson so that's 8 kids who are teenagers bigger then me now there is no more fighting over it cuz i can afford to make more saving but not ordering out i save 40 bucks cuz i have all the other stuff on hand just had to buy the breasts but i have to use 9 to feed everyone
OH MY GOSH! Are you KIDDING me?!?! This was simply amazing! The everyone asked for seconds and I never have to go out for sweet and sour chicken again! Kittencal, you have done it again. I was already a huge fan, but this was over the top! Thank you! Thank you! Thank you!
YUM! This was so good! What I loved about this sauce was that it was thicker than that from the restaurants and it wasn't overly sweet so that you could taste it beyond the sweetness. I did reduce the sugar a little bit by doing half brown sugar & half Splenda, as well as doing 5 Tbsp sugar plus 3 Tbsp Splenda. I halved the recipe and this worked out really well for us. The chicken was very good as well and I liked it's flavor and that it was easy. Kittencal you must get tired of the accolades but they are well deserved! Another winner, no doubt about it! Thank you so much :)
Great recipe!!!
Wonderfully delicious and better than the chicken at Chinese restaurants! My family raved about it and I'm already making it again 2 days later! I can't believe how simple the recipe is!
Really good, the batter tastes just like the batter they make at the Chinese take-out. I didn't make the sweet and sour because I was being lazy but definitely great chicken! (I keep trying to convince myself that it's healthier than nuggets ;P). The only thing I would change is the name.. Kitten isn't there anything better then "chicken balls", lol?
Great recipe loved it
Honestly the best recipe you will ever find. Really tastes like the one you wish they would serve you in the restaurant. I will never be dissapointed again... thanks for posting this recipe.
Kittencal, you nailed this dish and the sweet and sour sauce is absolutely the best ever, blush, I wanted to eat the sauce solo, LOL. I only changed one tiny thing in the method. Mixing the batter in a plastic bag really helped out. I tossed the bite-sized chicken in the batter, zipped it up and put it in the refrigerator. When I was ready to fry them I poured the lot out onto a cooling rack with something underneath to catch the batter. This made preparation and clean up a breeze. I did add the garlic and onion powder you suggested to the batter to pump up the flavor. What a great recipe! Our company raved. Thank you!
I made this and it was a hit. It definitely wasn't the easiest but certainly not the hardest of any asian dish I've attempted to create. I added broccoli and water chestnuts to the dish. Then slopped it over rice. Next time I'll omit the tomatoes.

It was delicious and even the husband helped cook. I've got TONS left over for lunches at work. 

the other reviews are correct, this batter is AWESOME and it's just like at a chinese restaurant. 1/2 the chicken I dredged in corn flakes after dipping in the batter and the other half I left as the recipe is written. I can't tell you which I liked better. they were both good.
This recipe or heck anything by Kittencal doesnt need another review but this was awesome I have been looking hi and lo for a good recipe like this but I didnt know it was called chicken balls but hey this is the real deal made the recipe to the T dont skip the sesame oil and there you go another winner
This recipe is going on my list of favorites. I loved it.
We thought these were very good. I did not make the sauce, we just used store bought. Just the same, we really enjoyed the flavor. DH thought it tasted just like the local Chinese restaurants. He also suggested using the chicken balls with hot wing sauce to do a "boneless buffalo wing" type appetizer. Thanks for posting!!
This review is for the sauce only- I needed some for a stir fry. The sauce was super easy to make and delicious! I made it exactly as written, no changes at all. I'm going to make the chicken the next time around. I'm sure it will be excellent also.
I did not make the sauce.Unfortunately They did not go over very well.They don"t really taste like take out chicken balls
If I could give this recipe 10 stars I would!! Amazing!! Tasted just like the swee an sour chicen from our favorite chinese takeout place!
i used the batter for my sweet and sour chicken and also used The Best Sweet and Sour Sauce for my sauce. simply delicious!! and the batter sticks to the chicken very well. Thanks Kittencal, for yet another winning recipe!
These were amazing! We just made the chicken balls and had a bit of trouble getting the temperature right on the oil. Once we did, they were quick to make and tasted great. We made a half batch for 4 of us but still had tons left over. My dad heated them the next day in the oven and said they were even better than before.
All I can say is WOW! My teenage boys and I gobbled this up over the course of a weekend. We didn't like the sauce so chunky so I used an immersion blender to smooth it out. The sauce is excellent. And, yes, the batter is a bit messy, but is is worth every bit of the mess. Another great recipe, Kitten!
my honest opinion after seeing the images and reading all these great reviews i thought i had found it! fallowed the recipe to the T and i dont taste it. thought that i had done it wrong so i redid the sauce and still it just taste like ketchup to me.. decided to go ahead and finish the recipe and honestly all it came out to be is fried chicken balls with ketchup sauce. tasted nothing like sweet and sour at all
This was amazingly good. I made it for my mom and kids and it was a winner all around. It is a bit time consuming, but the results are so worth it. The chicken and the sauce were absolutely fantastic. So much better than anything we could get delivered.
Excellent recipe. I’ve just cooked this just now and it tastes delicious! Just like in the shop. I did have to add slightly more water than half but it turned out fine! I’ve just signed up for this website to look at others recipes. Wow!
WOW, this was an awesome recipe!! I had to add more water to the batter, because it got way too stiff, like dough.But the final result was amazing!!! Definitely going to be my regular batter recipe! Thanks!
